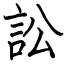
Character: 訟